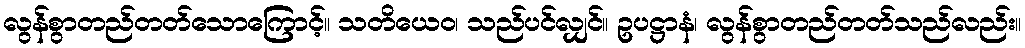
လွန်စွာတည်တတ်သောကြောင့်။ သတိယေဝ၊ သည်ပင်လျှင်။ ဥပဋ္ဌာနံ၊ လွန်စွာတည်တတ်သည်လည်း။